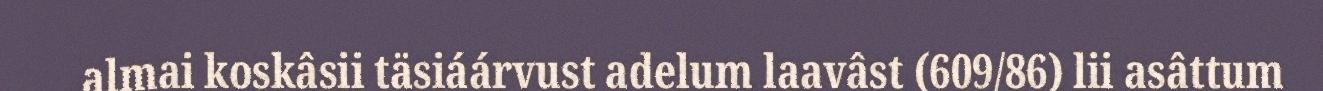
almai koskâsii täsiáárvust adelum laavâst (609/86) lii asâttum